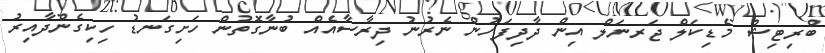
ބްރިޓިޝް މެޑިކަލް ޖަރނަލް އިން ދާދިފަހުން ނެރުނު ދިރާސާއެއް ބުނާގޮތުން ހަށިގަނޑު ހިކިގެންދާއިރު